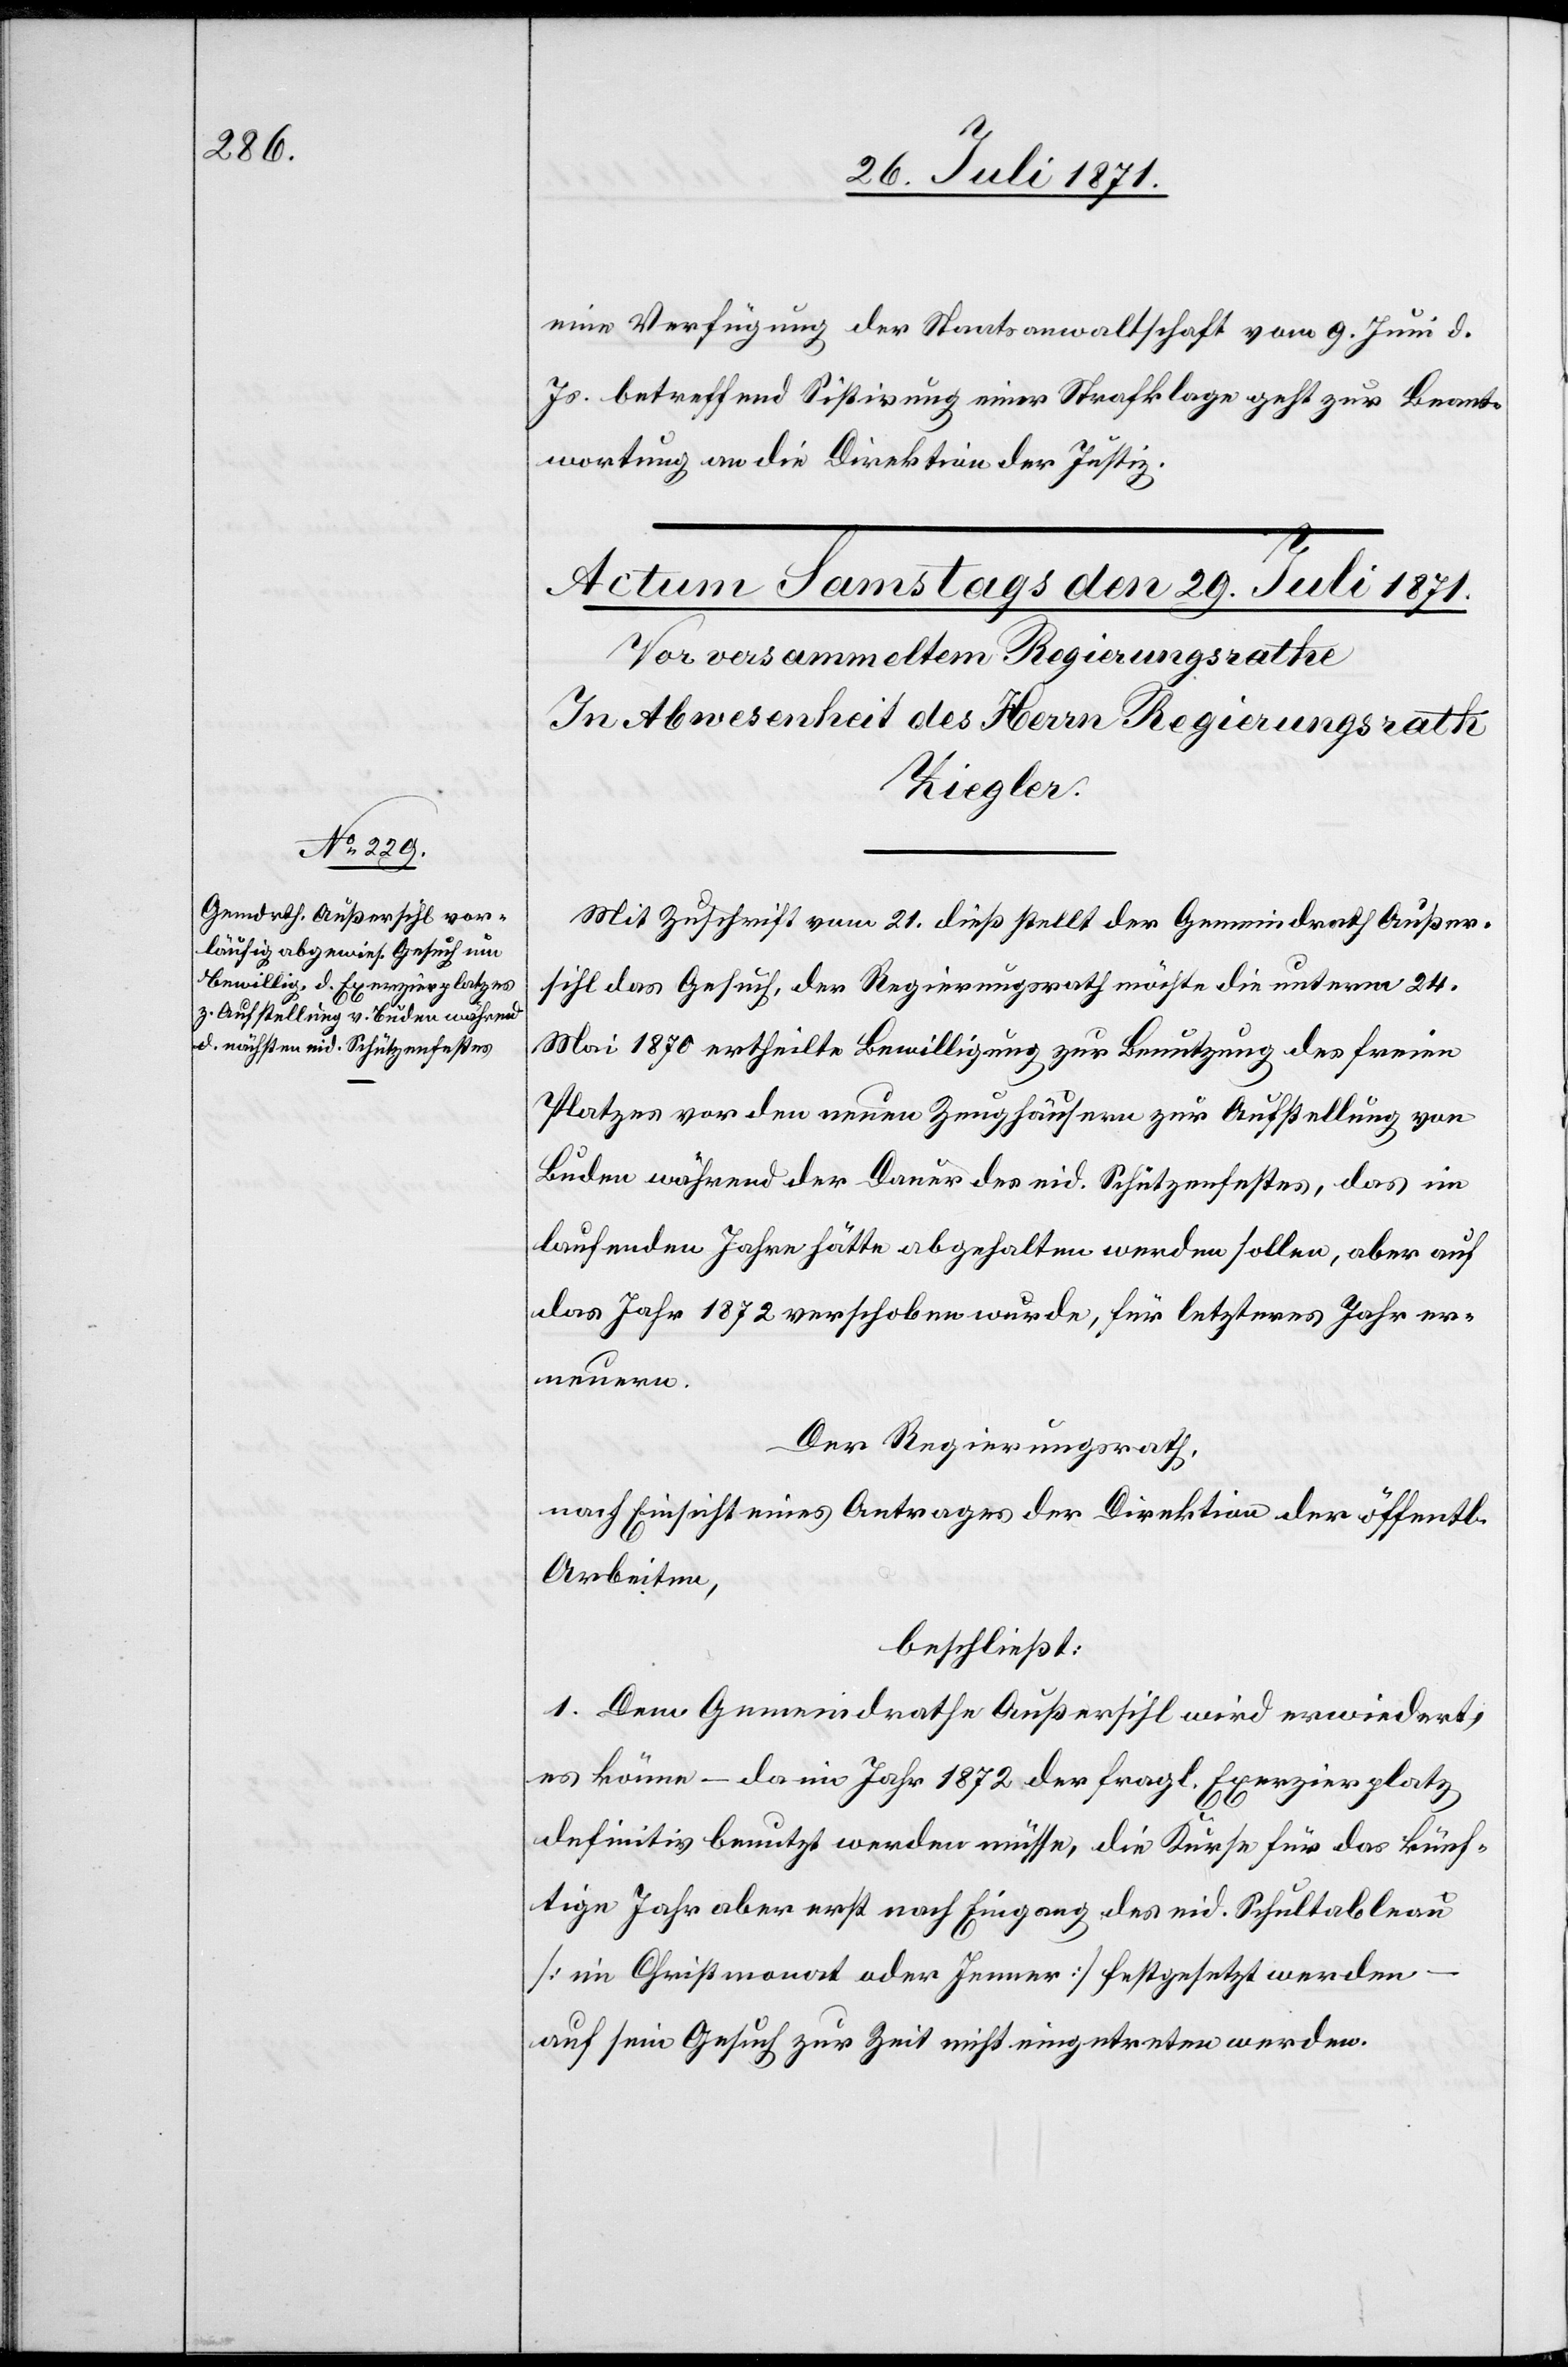
eine Verfügung der Staatsanwaltschaft vom 9. Juni d.
Js. betreffend Sistirung einer Strafklage geht zur Beant¬
wortung an die Direktion der Justiz.
Mit Zuschrift vom 21. dieß stellt der Gemeindrath Außer¬
sihl das Gesuch, der Regierungsrath möchte die unterm 24.
Mai 1870 ertheilte Bewilligung zur Benutzung des freien
Platzes vor den neuen Zeughäusern zur Aufstellung von
Buden während der Dauer des eid. Schützenfestes, das im
laufenden Jahre hätte abgehalten werden sollen, aber auf
das Jahr 1872 verschoben wurde, für letzteres Jahr er¬
neuern.
Der Regierungsrath,
nach Einsicht eines Antrages der Direktion der öffentl.
Arbeiten,
beschließt:
1. Dem Gemeindrathe Außersihl wird erwiedert,
es könne – da im Jahr 1872 der fragl. Exerzierplatz
definitiv benutzt werden müsse, die Kurse für das künf¬
tige Jahr aber erst nach Eingang des eid. Schul[t]ableau
[im Christmonat oder Jenner] festgesetzt werden
auf sein Gesuch zur Zeit nicht eingetreten werden.